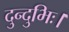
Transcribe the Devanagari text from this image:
दुन्दुभिः।